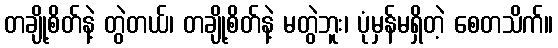
တချို့စိတ်နဲ့ တွဲတယ်၊ တချို့စိတ်နဲ့ မတွဲဘူး၊ ပုံမှန်မရှိတဲ့ စေတသိက်။